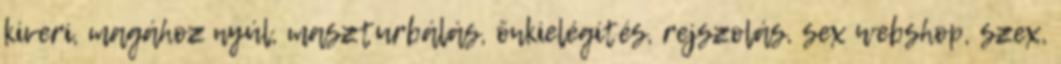
kiveri, magához nyúl, maszturbálás, önkielégítés, rejszolás, sex webshop, szex,